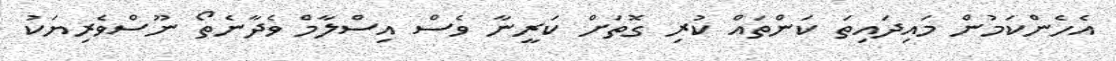
އެހެންކަމުން މައިދައިތަ ކަންތައް ކުރި ގޮތަށް ކަރީނާ ވެސް އިސްލާމް ވެދާނެތޯ ނޫސްވެރިޔަކު